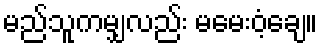
မည်သူကမျှလည်း မမေးဝံ့ချေ။